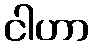
ငါဟာ